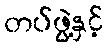
တပ်ဖွဲ့နှင့်